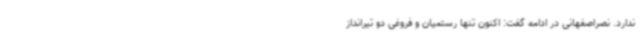
ندارد. نصراصفهانی در ادامه گفت: اکنون تنها رستمیان و فروغی دو تیرانداز